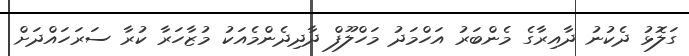
ގަލޮޅު ދެކުނު ދާއިރާގެ މެންބަރު އަހްމަދު މަހްލޫފް ދާދިދެންމެއަކު މުޒާހަރާ ކުރާ ސަރަހައްދަށް